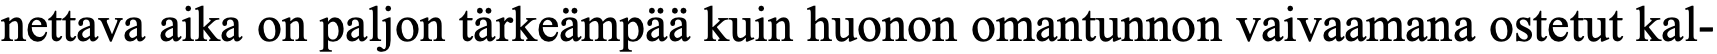
nettava aika on paljon tärkeämpää kuin huonon omantunnon vaivaamana ostetut kal-